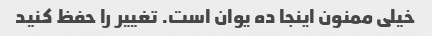
خیلی ممنون اینجا ده یوان است. تغییر را حفظ کنید